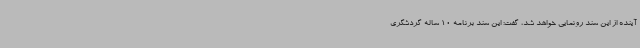
آینده از این سند رونمایی خواهد شد، گفت: این سند برنامه 10 ساله گردشگری